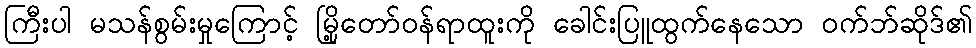
ကြီးပါ မသန်စွမ်းမှုကြောင့် မြို့တော်ဝန်ရာထူးကို ခေါင်းပြူထွက်နေသော ဝက်ဘ်ဆိုဒ်၏